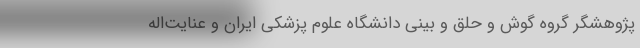
پژوهشگر گروه گوش و حلق و بینی دانشگاه علوم پزشکی ایران و عنایت‌اله